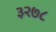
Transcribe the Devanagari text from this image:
३२७८